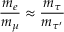
\frac { { m _ { e } } } { { m _ { \mu } } } \approx \frac { { m _ { \tau } } } { { m _ { \tau ^ { \prime } } } }